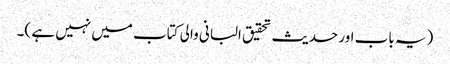
(یہ باب اور حدیث تحقیق البانی والی کتاب میں نہیں ہے )۔